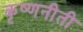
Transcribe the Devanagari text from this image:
कृष्णनीती